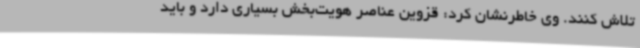
تلاش کنند. وی خاطرنشان کرد: قزوین عناصر هویت‌بخش بسیاری دارد و باید